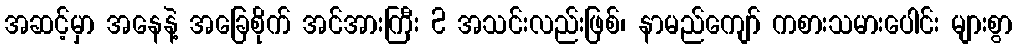
အဆင့်မှာ အနေနဲ့ အခြေစိုက် အင်အားကြီး 2 အသင်းလည်းဖြစ်၊ နာမည်ကျော် ကစားသမားပေါင်း များစွာ